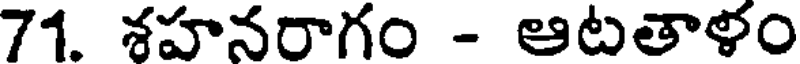
71. శహనరాగం - ఆటతాళం